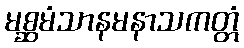
မစ္ဆမံသာနမနာသကတ္တံ